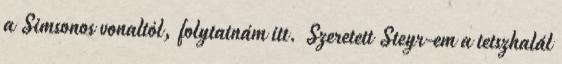
a Simsonos vonaltól, folytatnám itt. Szeretett Steyr-em a tetszhalál